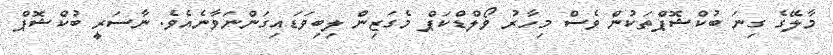
މާލޭގެ ގިނަ ބުކްޝޮޕްތަކުން ވެސް މިހާރު ވޯލްޑްކަޕް މެގަޒިން ލިބިވަޑައިގަންނަވާނެއެވެ. ނާސަރީ ބުކްޝޮޕް